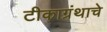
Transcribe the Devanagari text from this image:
टीकाग्रंथाचे